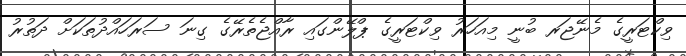
ވިކްޓަރީގެ މެނޭޖަރ ބުނީ މިއަހަރު ވިކްޓަރީގެ ޕްލޭންގައި ރާއްޖެތެރޭގެ ގިނަ ސަރަހައްދުތަކަށް ދަތުރު